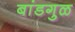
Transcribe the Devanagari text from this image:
बांडगुळ